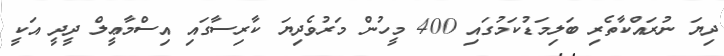
ދިޔަ ނުރައްކާތެރި ބަލިމަޑުކަމުގައި 400 މީހުން މަރުވެދިޔަ ކާރިސާގައި އިސްމާޢީލް ދީދީ އަކީ